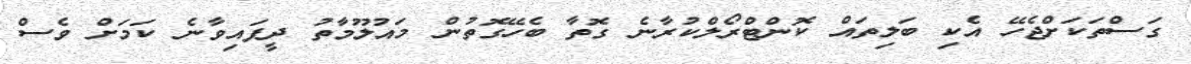
ގަސްތަކަށްޖެހޭ އެކި ބަލިތައް ކޮންޓްރޯލްކުރާނެ ގޮތާ ބެހޭގޮތުން މައުލޫމާތު ދީފައިވާނެ ކަމަށް ވެސް